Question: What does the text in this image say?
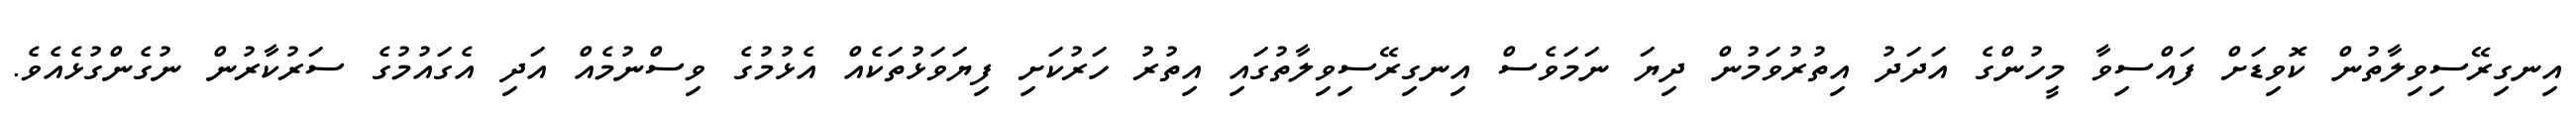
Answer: އިނގިރޭސިވިލާތުން ކޮވިޑަށް ފައްސިވާ މީހުންގެ އަދަދު އިތުރުވަމުން ދިޔަ ނަމަވެސް އިނގިރޭސިވިލާތުގައި އިތުރު ހަރުކަށި ފިޔަވަޅުތަކެއް އެޅުމުގެ ވިސްނުމެއް އަދި އެގައުމުގެ ސަރުކާރުން ނުގެންގުޅެއެވެ.